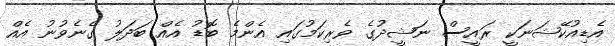
އެޑިއުކޭޝަނަކީ ރައީސް ނަޝީދުގެ ވެރިކަމުގައި އެންމެ ބޮޑު އެއް ބަދަލު ގެނެވުނު އެއް